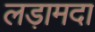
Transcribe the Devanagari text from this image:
लड़ामदा